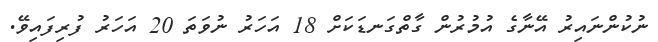
ނުކުންނައިރު އޭނާގެ އުމުރުން ގާތްގަނޑަކަށް 18 އަހަރު ނުވަތަ 20 އަހަރު ފުރިފައިވޭ.